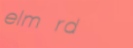
elm rd